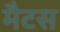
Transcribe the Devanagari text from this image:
मैटस